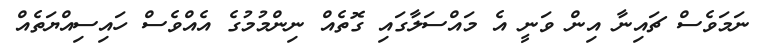
ނަމަވެސް ޗައިނާ އިން ވަނީ އެ މައްސަލާގައި ގޮތެއް ނިންމުމުގެ އެއްވެސް ހައިސިއްޔަތެއް